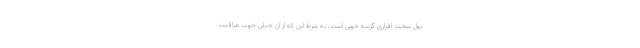
پول سخت افزاری گزینه خوبی است، به شرط این که از آن خیلی خوب مراقبت